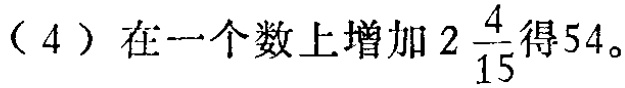
（4）在一个数上增加\(2\frac{4}{15}\)得\(54\)。